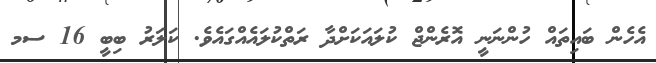
އެހެން ބައިތައް ހުންނަނީ އޮރެންޖް ކުލައަކަށްދާ ރަތްކުލައެއްގައެވެ. ކަލަރު ބިބީ 16 ސމ